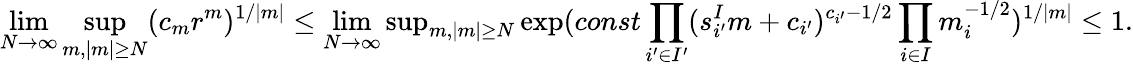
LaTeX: \operatorname*{lim}_{N\to\infty}\operatorname*{sup}_{m,|m|\ge N}(c_{m}r^{m})^{1/|m|}\le\operatorname*{lim}_{N\to\infty}\mathrm{sup}_{m,|m|\ge N}\exp(const\prod_{i^{\prime}\in I^{\prime}}(s_{i^{\prime}}^{I}m+c_{i^{\prime}})^{c_{i^{\prime}}-1/2}\prod_{i\in I}m_{i}^{-1/2})^{1/|m|}\le 1.